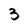
Character: 3